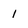
Character: 1